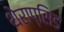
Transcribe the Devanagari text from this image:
थेराप्सिड